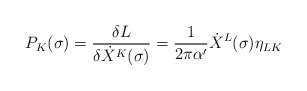
\begin{align*}P_{K}(\sigma)=\frac{\delta L} {\delta \dot X^{K}(\sigma)}= \frac{1}{2\pi\alpha'} \dot X^{L}(\sigma)\eta_{LK}\end{align*}